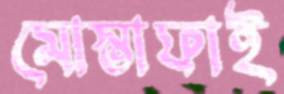
মোস্তাফাই